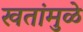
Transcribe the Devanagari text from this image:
खतांमुळे